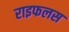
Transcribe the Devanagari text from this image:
राइफलस